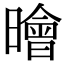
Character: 𣋘